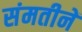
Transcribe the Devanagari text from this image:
संमतीनें